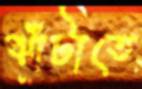
ঝাঁটাতে